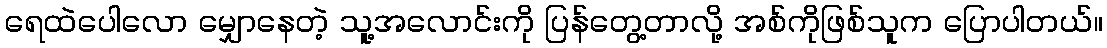
ရေထဲပေါလော မျှောနေတဲ့ သူ့အလောင်းကို ပြန်တွေ့တာလို့ အစ်ကိုဖြစ်သူက ပြောပါတယ်။